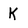
Character: K